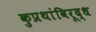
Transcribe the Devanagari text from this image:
कुप्रथांविरूद्ध